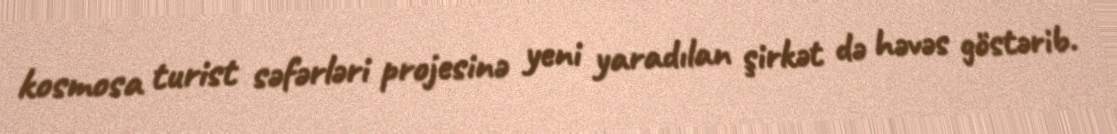
kosmosa turist səfərləri projesinə yeni yaradılan şirkət də həvəs göstərib.